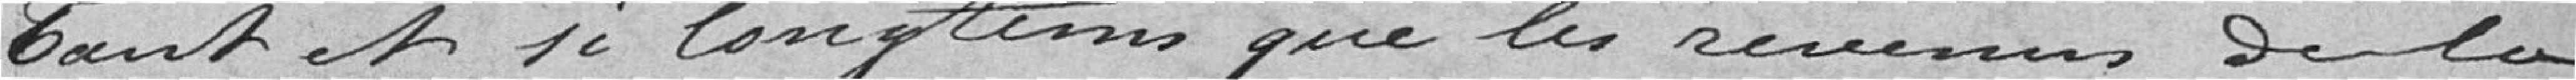
Tant et si longtemps que les revenus de la